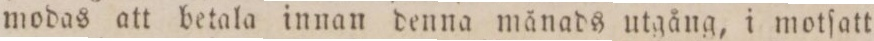
modas att betala innan denna månads utgång, i motſatt